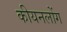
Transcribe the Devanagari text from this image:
कीयनलोंग